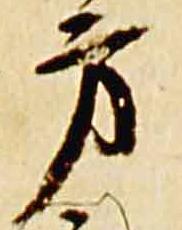
方